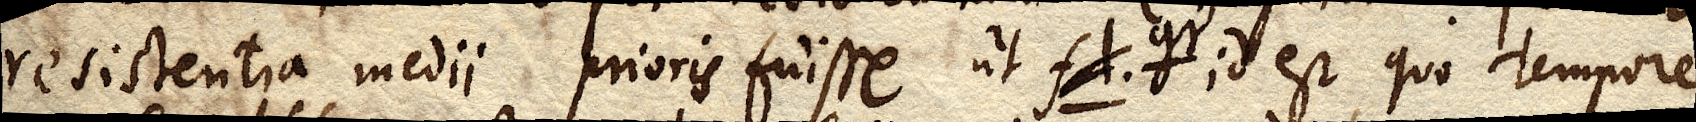
resistentia medii prioris fuisse ut fl. gr. id est quo tempore